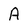
Character: A